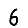
Digit: 6